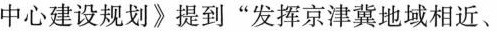
中心建设规划》提到”发挥京津冀地域相近、